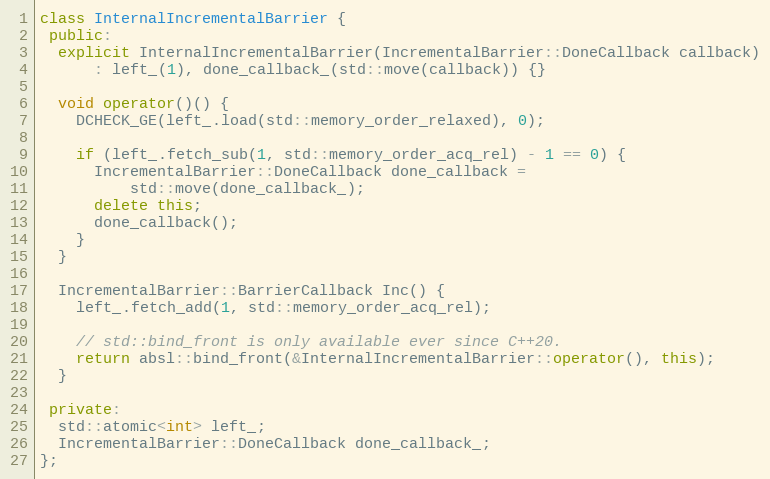
Language: C++
class InternalIncrementalBarrier {
 public:
  explicit InternalIncrementalBarrier(IncrementalBarrier::DoneCallback callback)
      : left_(1), done_callback_(std::move(callback)) {}

  void operator()() {
    DCHECK_GE(left_.load(std::memory_order_relaxed), 0);

    if (left_.fetch_sub(1, std::memory_order_acq_rel) - 1 == 0) {
      IncrementalBarrier::DoneCallback done_callback =
          std::move(done_callback_);
      delete this;
      done_callback();
    }
  }

  IncrementalBarrier::BarrierCallback Inc() {
    left_.fetch_add(1, std::memory_order_acq_rel);

    // std::bind_front is only available ever since C++20.
    return absl::bind_front(&InternalIncrementalBarrier::operator(), this);
  }

 private:
  std::atomic<int> left_;
  IncrementalBarrier::DoneCallback done_callback_;
};